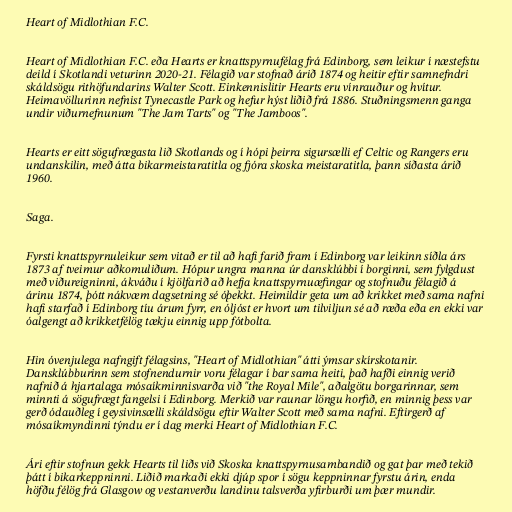
Heart of Midlothian F.C.

Heart of Midlothian F.C. eða Hearts er knattspyrnufélag frá Edinborg, sem leikur í næstefstu
deild í Skotlandi veturinn 2020-21. Félagið var stofnað árið 1874 og heitir eftir samnefndri
skáldsögu rithöfundarins Walter Scott. Einkennislitir Hearts eru vínrauður og hvítur.
Heimavöllurinn nefnist Tynecastle Park og hefur hýst liðið frá 1886. Stuðningsmenn ganga
undir viðurnefnunum "The Jam Tarts" og "The Jamboos".

Hearts er eitt sögufrægasta lið Skotlands og í hópi þeirra sigursælli ef Celtic og Rangers eru
undanskilin, með átta bikarmeistaratitla og fjóra skoska meistaratitla, þann síðasta árið
1960.

Saga.

Fyrsti knattspyrnuleikur sem vitað er til að hafi farið fram í Edinborg var leikinn síðla árs
1873 af tveimur aðkomuliðum. Hópur ungra manna úr dansklúbbi í borginni, sem fylgdust
með viðureigninni, ákváðu í kjölfarið að hefja knattspyrnuæfingar og stofnuðu félagið á
árinu 1874, þótt nákvæm dagsetning sé óþekkt. Heimildir geta um að krikket með sama nafni
hafi starfað í Edinborg tíu árum fyrr, en óljóst er hvort um tilviljun sé að ræða eða en ekki var
óalgengt að krikketfélög tækju einnig upp fótbolta.

Hin óvenjulega nafngift félagsins, "Heart of Midlothian" átti ýmsar skírskotanir.
Dansklúbburinn sem stofnendurnir voru félagar í bar sama heiti, það hafði einnig verið
nafnið á hjartalaga mósaíkminnisvarða við "the Royal Mile", aðalgötu borgarinnar, sem
minnti á sögufrægt fangelsi í Edinborg. Merkið var raunar löngu horfið, en minnig þess var
gerð ódauðleg í geysivinsælli skáldsögu eftir Walter Scott með sama nafni. Eftirgerð af
mósaíkmyndinni týndu er í dag merki Heart of Midlothian F.C.

Ári eftir stofnun gekk Hearts til liðs við Skoska knattspyrnusambandið og gat þar með tekið
þátt í bikarkeppninni. Liðið markaði ekki djúp spor í sögu keppninnar fyrstu árin, enda
höfðu félög frá Glasgow og vestanverðu landinu talsverða yfirburði um þær mundir.